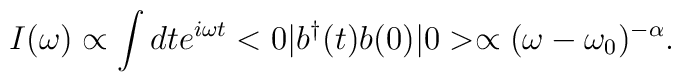
I(\omega )\propto \int dte^{i\omega t}<0|b^\dagger(t)b(0)|0>\propto (\omega -\omega_0)^{-\alpha}.